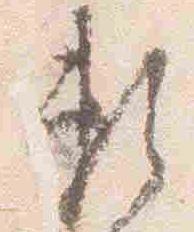
頼